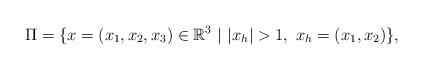
LaTeX: \begin{align*}\Pi=\{x=(x_{1}, x_2,x_3 )\in \mathbb{R}^{3}\ |\ |x_{h}|>1,\ x_{h}=(x_1,x_2) \},\end{align*}